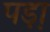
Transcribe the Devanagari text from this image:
पड़़ा